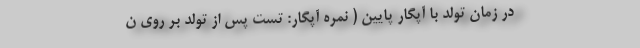
در زمان تولد با آپگار پایین ( نمره آپگار: تست پس از تولد بر روی ن